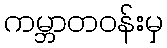
ကမ္ဘာတဝန်းမှ